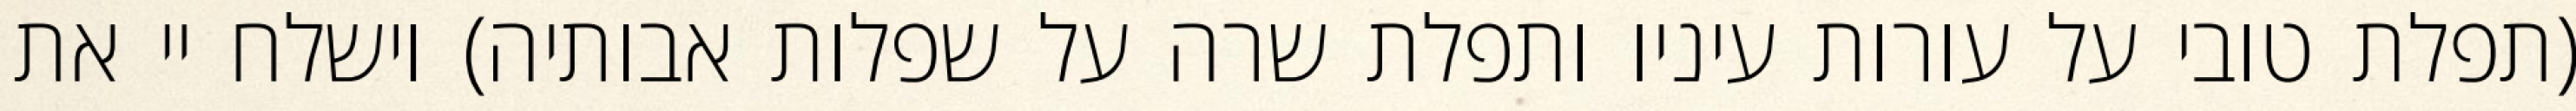
(תפלת טובי על עורות עיניו ותפלת שרה על שפלות אבותיה) וישלח יי את